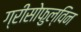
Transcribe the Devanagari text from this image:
ग्रीसोफुल्विन